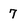
Character: 7